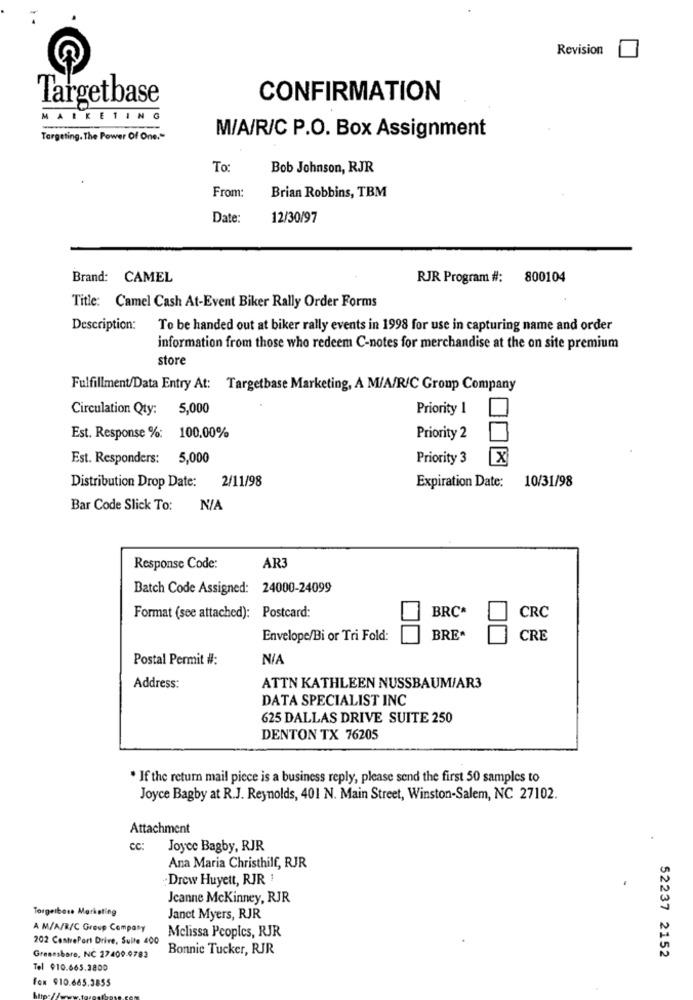
Revision
Targetbase
CONFIRMATION
MARKETING
Targeting. The Power Of One."
M/A/R/C P.O. Box Assignment
To:
Bob Johnson, RJR
From:
Brian Robbins, TBM
Date:
12/30/97
Brand: CAMEL
RJR Program #: 800104
Title: Camel Cash At-Event Biker Rally Order Forms
Description:
To be handed out at biker rally events in 1998 for use in capturing name and order
information from those who redeem C-notes for merchandise at the on site premium
store
Fulfillment/Data Entry At: Targetbase Marketing, A M/A/R/C Group Company
Circulation Qty: 5,000
Priority 1
Est. Response %: 100.00%
Priority 2
Est. Responders: 5,000
Priority 3
X
2/11/98
Distribution Drop Date:
Expiration Date:
10/31/98
Bar Code Slick To:
Response Code:
AR3
Batch Code Assigned: 24000-24099
BRCA
CRC
Format (see attached): Postcard:
Envelope/Bi or Tri Fold:
BRE*
CRE
Postal Permit #:
NIA
Address:
ATTN KATHLEEN NUSSBAUM/AR3
DATA SPECIALIST INC
625 DALLAS DRIVE SUITE 250
DENTON TX 76205
* If the return mail piece is a business reply, please send the first 50 samples to
Joyce Bagby at R.J. Reynolds, 401 N. Main Street, Winston-Salem, NC 27102.
Attachment
cc:
Joyce Bagby, RJR
Ana Maria Christhilf, RJR
:Drew Huyett, RJR !
Jeanne Mckinney, RJR
Torgetboss Marketing
Janet Myers, RJR
A M/A/R/C Group Company
202 CentrePort Drive, Suite 400
Melissa Pcopics, RJR
Bonnic Tucker, RJR
Gressshare, NC 27409-9783
52237 2152
Tel 910.665.3800
fox 910.665.3855